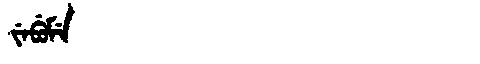
Manchu: ᠵᡝᠪᡠᠮᡝ
Romanization: JEBUME